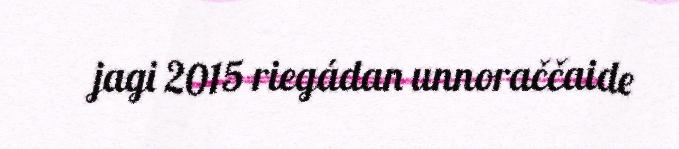
jagi 2015 riegádan unnoraččaide